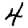
Digit: 4